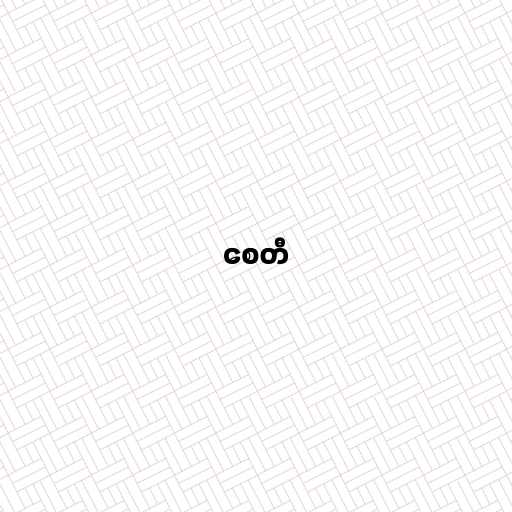
စေတီ